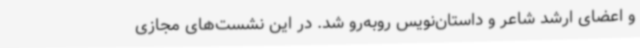
و اعضای ارشد شاعر و داستان‌نویس روبه‌رو شد. در این نشست‌های مجازی